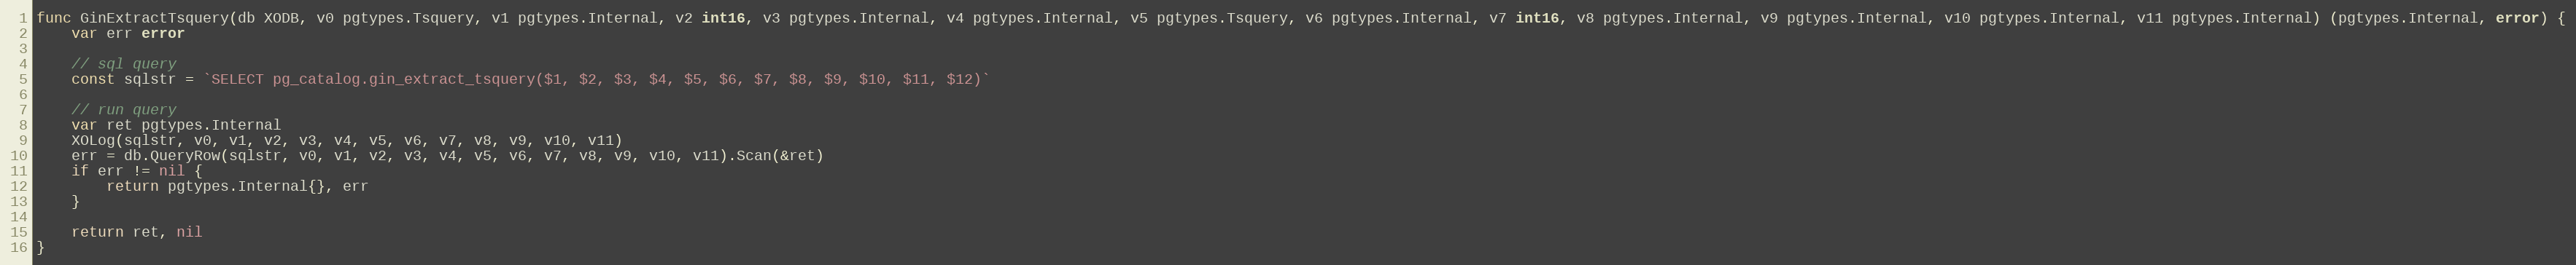
Language: Go
func GinExtractTsquery(db XODB, v0 pgtypes.Tsquery, v1 pgtypes.Internal, v2 int16, v3 pgtypes.Internal, v4 pgtypes.Internal, v5 pgtypes.Tsquery, v6 pgtypes.Internal, v7 int16, v8 pgtypes.Internal, v9 pgtypes.Internal, v10 pgtypes.Internal, v11 pgtypes.Internal) (pgtypes.Internal, error) {
	var err error

	// sql query
	const sqlstr = `SELECT pg_catalog.gin_extract_tsquery($1, $2, $3, $4, $5, $6, $7, $8, $9, $10, $11, $12)`

	// run query
	var ret pgtypes.Internal
	XOLog(sqlstr, v0, v1, v2, v3, v4, v5, v6, v7, v8, v9, v10, v11)
	err = db.QueryRow(sqlstr, v0, v1, v2, v3, v4, v5, v6, v7, v8, v9, v10, v11).Scan(&ret)
	if err != nil {
		return pgtypes.Internal{}, err
	}

	return ret, nil
}